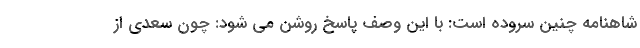
شاهنامه چنین سروده است: با این وصف پاسخ روشن می شود: چون سعدی از